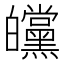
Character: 㿩